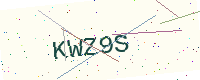
Text: KWZ9S